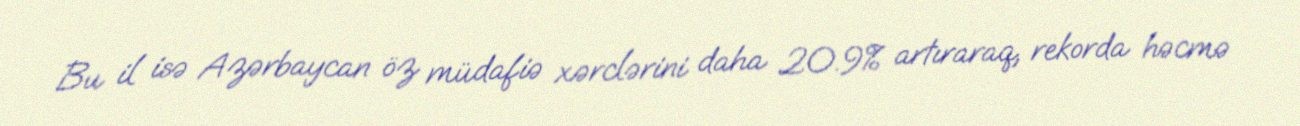
Bu il isə Azərbaycan öz müdafiə xərclərini daha 20.9% artıraraq, rekorda həcmə